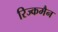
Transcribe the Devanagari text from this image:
रिज्कमैन